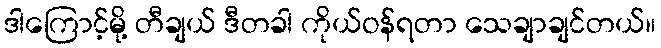
ဒါကြောင့်မို့ တီချယ် ဒီတခါ ကိုယ်ဝန်ရတာ သေချာချင်တယ်။